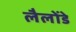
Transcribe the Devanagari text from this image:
लैलोंडे